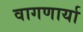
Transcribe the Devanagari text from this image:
वागणार्या